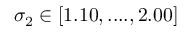
\sigma _ { 2 } \in [ 1 . 1 0 , . . . . , 2 . 0 0 ]